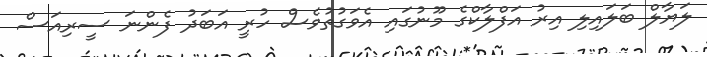
ލަޔާލް ބަލައިލި އިރު އަފްލާކްގެ މޫނުގައި އެވަގުތުވެސް ހުރީ އަބަދު ފެންނަ ސީރިއަސް